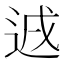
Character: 䢕